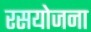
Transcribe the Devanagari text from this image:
रसयोजना